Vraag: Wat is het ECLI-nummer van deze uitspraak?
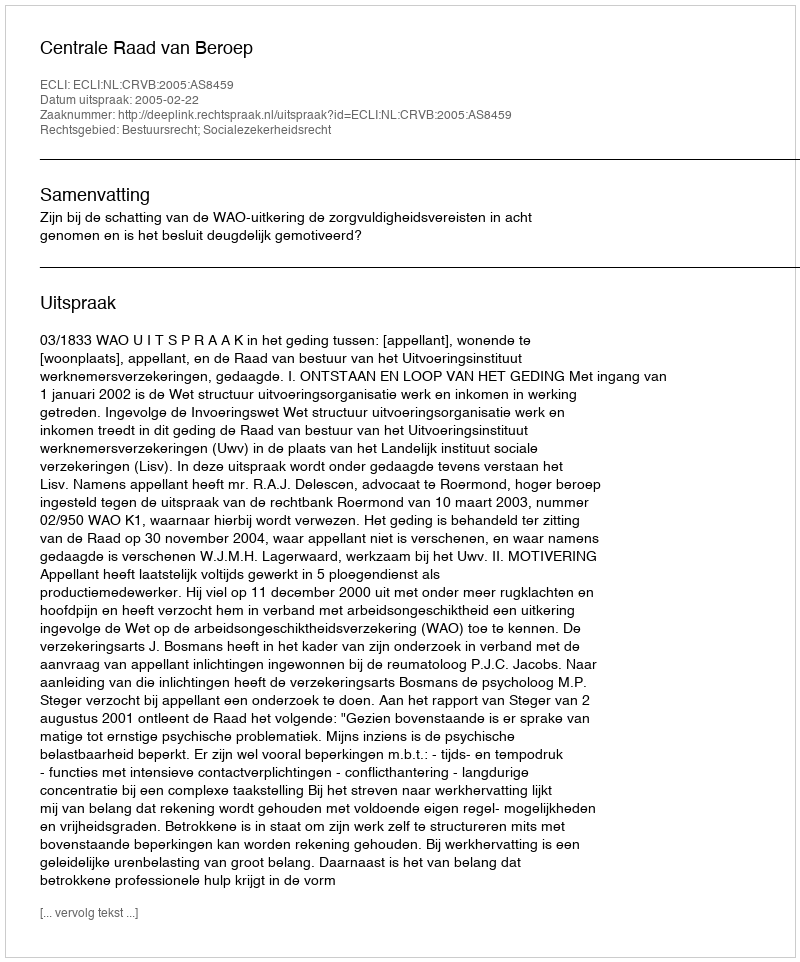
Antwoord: ECLI:NL:CRVB:2005:AS8459